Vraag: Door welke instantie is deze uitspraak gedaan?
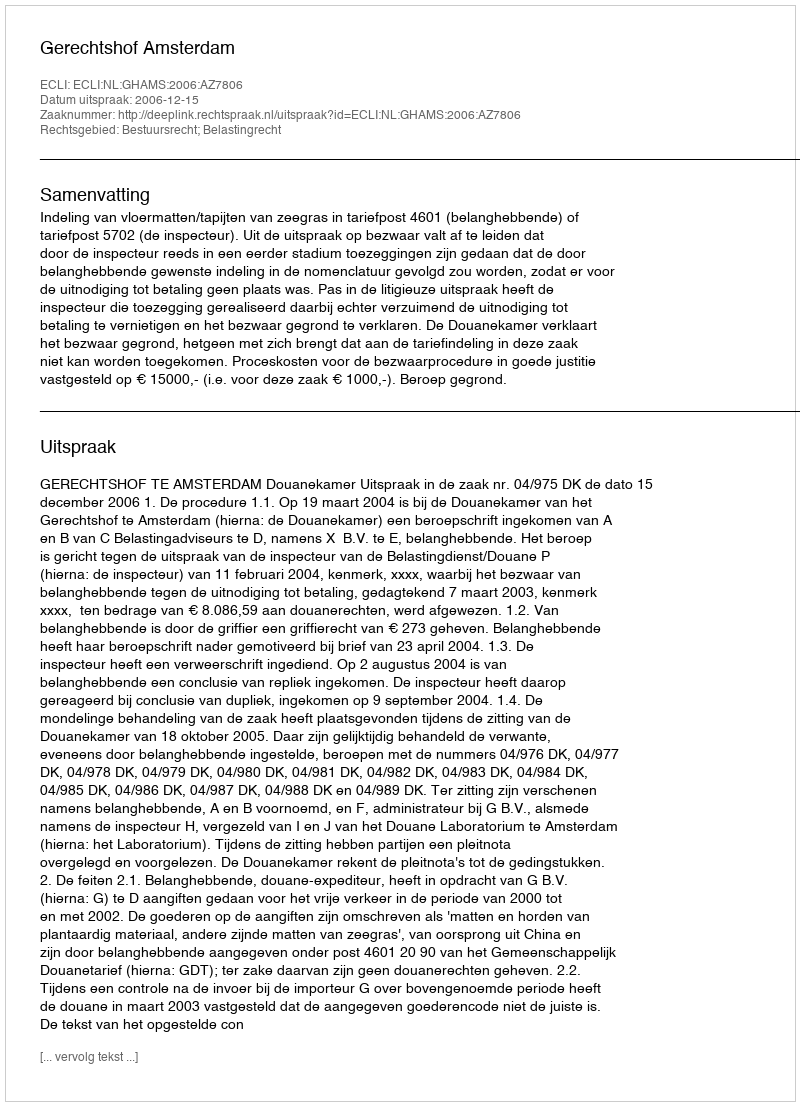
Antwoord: Gerechtshof Amsterdam